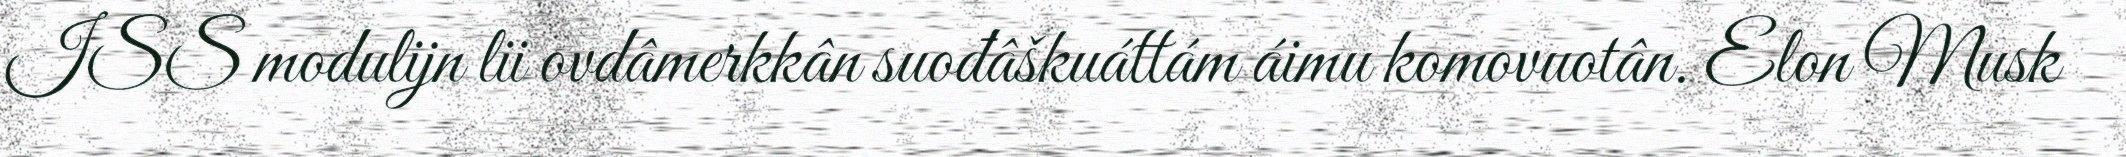
ISS modulijn lii ovdâmerkkân suođâškuáttám áimu komovuotân. Elon Musk